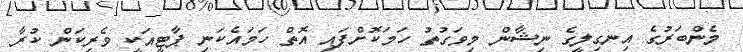
މެންބަރުގެ އިނގިލީގެ ނިޝާން މިވަގުތު ހަމަކޮށްފައި އޮތް ހަމައެކަނި ޕާޓީއަކީ ވެރިކަން ކުރާ